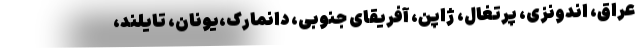
عراق، اندونزی، پرتغال، ژاپن، آفریقای جنوبی، دانمارک،یونان، تایلند،